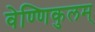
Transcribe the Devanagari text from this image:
वेण्णिकुलम्